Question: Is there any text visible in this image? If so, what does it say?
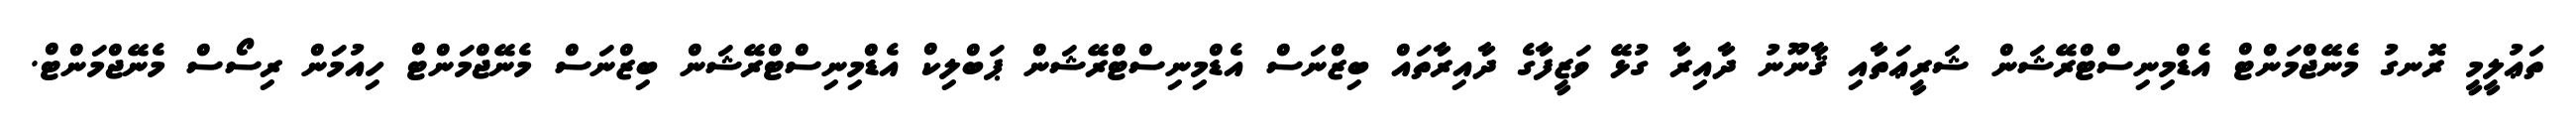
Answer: ތަޢުލީމީ ރޮނގު މެނޭޖްމަންޓް އެޑްމިނިސްޓްރޭޝަން ޝަރީޢަތާއި ޤާނޫނު ދާއިރާ ގުޅޭ ވަޒީފާގެ ދާއިރާތައް ބިޒްނަސް އެޑްމިނިސްޓްރޭޝަން ޕަބްލިކް އެޑްމިނިސްޓްރޭޝަން ބިޒްނަސް މެނޭޖްމަންޓް ހިއުމަން ރިސޯސް މެނޭޖްމަންޓް.